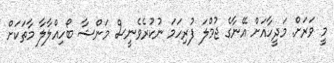
މީ ވަރަށް. މަދީހާއަށް އޭނާގެ ޖުމްލަ ފުރިހަމަ ނުކުރެވެނީސް މަންޝާ ބޯހިއްލާލާ މާތަކަށް